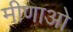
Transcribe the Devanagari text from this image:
मीणाओ